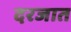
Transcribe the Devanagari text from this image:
दरजात